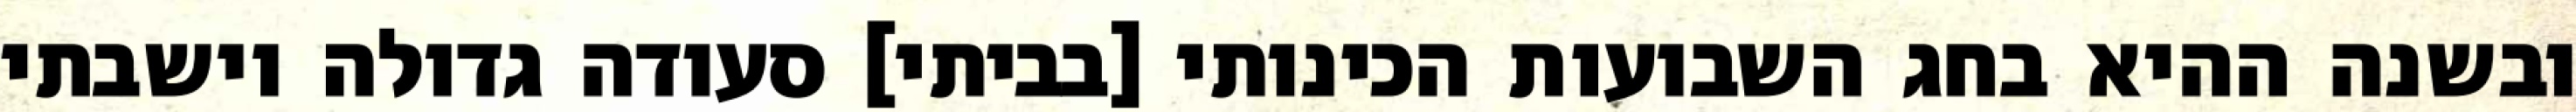
ובשנה ההיא בחג השבועות הכינותי [בביתי] סעודה גדולה וישבתי